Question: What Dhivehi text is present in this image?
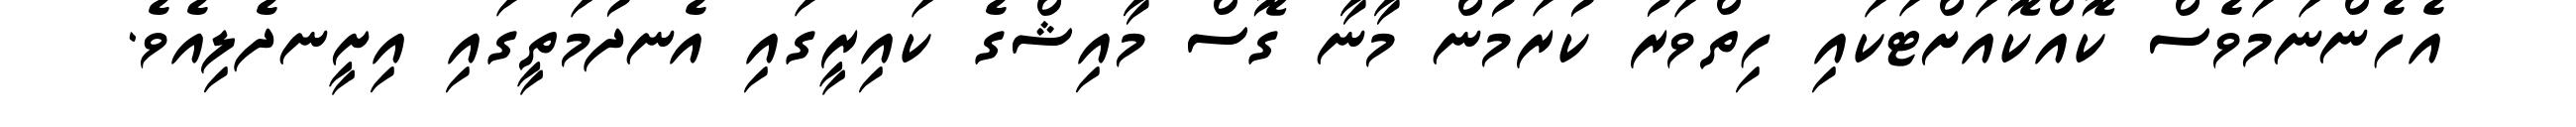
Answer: އެހެންނަމަވެސް ކޮއްކޮއަށްޓަކައި ހިތްވަރު ކުރަމުން މާނާ ގޮސް މާއިޝްގެ ކައިރީގައި އެނދުމަތީގައި އިށީނދެލިއެވެ.